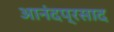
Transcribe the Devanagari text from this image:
आनंदप्रसाद